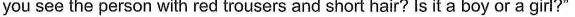
you see the person with red trousers and short hair? Is it a boy or a girl?"